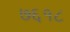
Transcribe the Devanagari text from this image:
७६१८